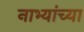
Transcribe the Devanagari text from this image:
नाभ्यांच्या